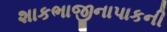
શાકભાજીનાપાકની